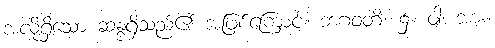
အလိုရှိသော ဆန္ဒရှိသည်၏ အဖြစ်ကြောင့်။ ဘဂဝတိ၊ ၌။ ဝါ၊ အား။